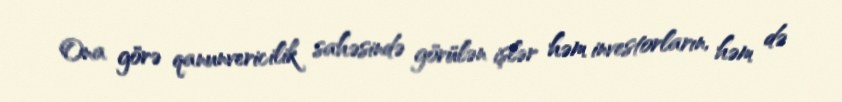
Ona görə qanunvericilik sahəsində görülən işlər həm investorların, həm də